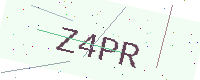
Text: Z4PR